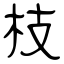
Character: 枝